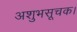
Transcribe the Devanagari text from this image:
अशुभसूचक।